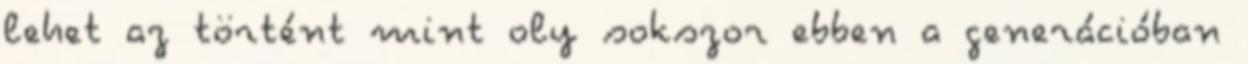
lehet az történt mint oly sokszor ebben a generációban